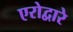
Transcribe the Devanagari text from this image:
एरोद्वारे